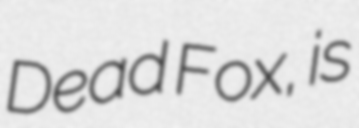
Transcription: Dead Fox, is